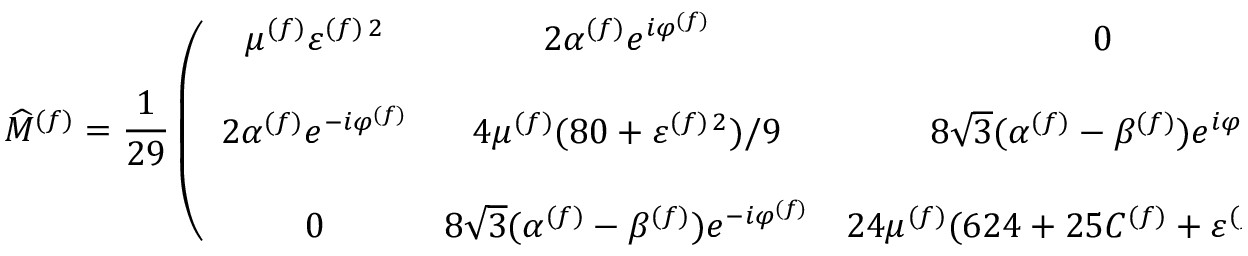
\widehat { M } ^ { ( f ) } = \frac { 1 } { 2 9 } \left( \begin{array} { c c c } { { \mu ^ { ( f ) } \varepsilon ^ { ( f ) \, 2 } } } & { { 2 \alpha ^ { ( f ) } e ^ { i \varphi ^ { ( f ) } } } } & { { 0 } } \\ { { } } & { { } } & { { } } \\ { { 2 \alpha ^ { ( f ) } e ^ { - i \varphi ^ { ( f ) } } } } & { { 4 \mu ^ { ( f ) } ( 8 0 + \varepsilon ^ { ( f ) \, 2 } ) / 9 } } & { { 8 \sqrt { 3 } ( \alpha ^ { ( f ) } - \beta ^ { ( f ) } ) e ^ { i \varphi ^ { ( f ) } } } } \\ { { } } & { { } } & { { } } \\ { { 0 } } & { { 8 \sqrt { 3 } ( \alpha ^ { ( f ) } - \beta ^ { ( f ) } ) e ^ { - i \varphi ^ { ( f ) } } } } & { { 2 4 \mu ^ { ( f ) } ( 6 2 4 + 2 5 C ^ { ( f ) } + \varepsilon ^ { ( f ) \, 2 } ) / 2 5 } } \end{array} \right) \; ,